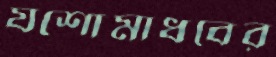
যশোমাধবের